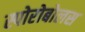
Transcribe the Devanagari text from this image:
स्पोरोबोलस